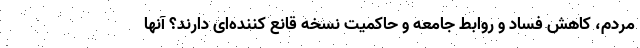
مردم، کاهش فساد و روابط جامعه و حاکمیت نسخه قانع کننده‌ای دارند؟ آنها